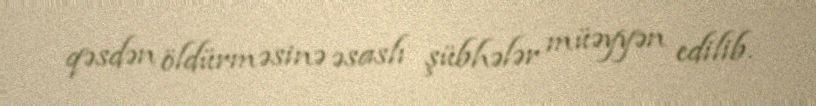
qəsdən öldürməsinə əsaslı şübhələr müəyyən edilib.